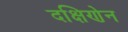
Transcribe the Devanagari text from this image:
दक्षिणेन